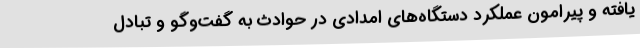
یافته و پیرامون عملکرد دستگاه‌های امدادی در حوادث به گفت‌وگو و تبادل